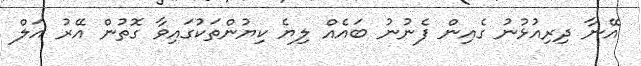
އޭނާ ދިރިއުޅުނު ގެއިން ފެނުނު ބައެއް ލިޔެ ކިޔުންތަކުގައިވާ ގޮތުން އޭރު އަލް